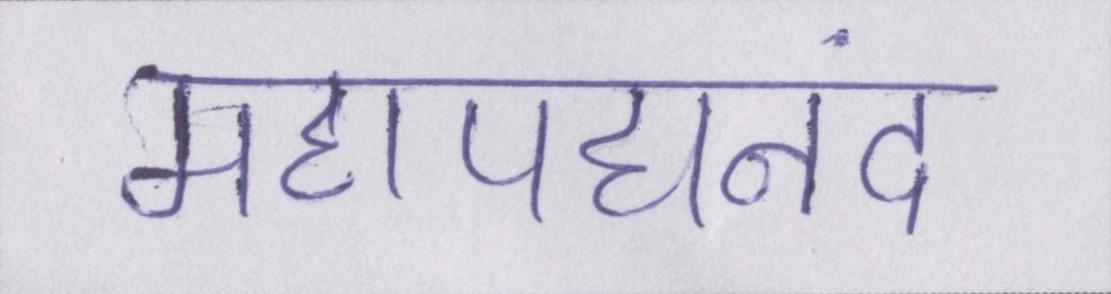
महापद्यनंद